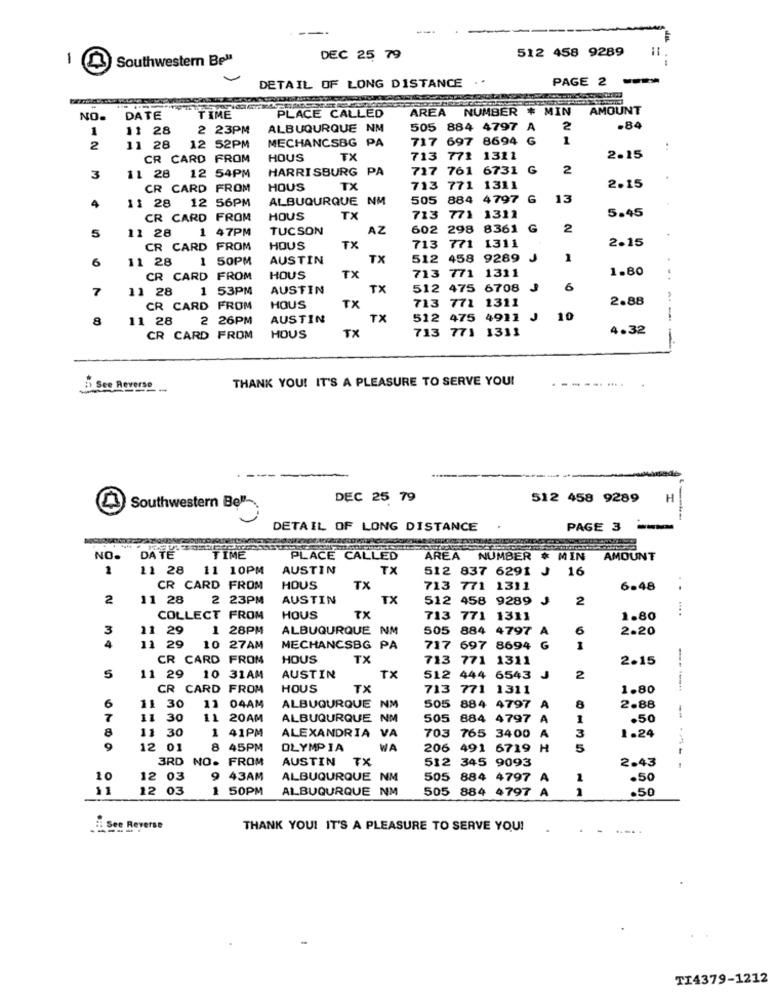
512 458 9289
-
Southwestern Bel1
DEC 25, 79
DETAIL OF LONG DISTANCE
. .
PAGE 2
PLACE CALLED
AREA
NUMBER # MIN AMOUNT
NO.
DATE
TIME
1
11 28
2 23PM
ALBUQURQUE NM
505
884 4797
A
2
.84
MECHANCSBG PA
717
697 8694
G
1
2
11 28 12 52PM
CR CARD FROM
HOUS
TX
713
771 1311
2.15
11 28 12 54PM
HARRISBURG P
717 761 6731 G
2
3
CR CARD FROM
HOUS
TX
713
771 1311
2.15
11 28 12 56PM
ALBUQURQUE NM
505
884 4797
G
13
4
5.45
CR CARD FROM
HOUS
TX
713
771 1311
5
11 28
1 47PM
TUCSON
AZ
602 298 8361
G
2
771 1311
2.15
CR CARD FROM
HOUS
TX
713
6
11 28
1 50PM
AUSTIN
TX
512
458 9289
J
1
713
771
1311
1.80
CR CARD FROM
HOUS
TX
7
11 28
53PM
AUSTIN
TX
512
475 6708
6
713 771 1311
2.88
CR CARD FROM
HOUS
TX
8
11 28
: 26PM
AUSTIN
TX
512 475 4911 J
10
-
713 771 1311
4.32
CR CARD FROM
HOUS
TX
THANK YOU! IT'S A PLEASURE TO SERVE YOU!
i See Reverse
----. ....
DEC 25 79
512 458 9289
H
Southwestern Bell-
DETAIL OF LONG DISTANCE
PAGE 3
DA TE
TIME
NO.
PLACE CALLED
AREA NUMBER * MIN
AMOUNT
1
11 28
11 10PM
AUSTIN
TX
512
837 6291
16
CR CARD FROM
HOUS
TX
713
771 1311
6.48
2
11 28
2 23PM
AUSTIN
TX
512 458 9289 J
2
....
COLLECT FROM
HOUS
TX
713
771 1311
1.80
3
11 29
1 28PM
ALBUQURQUE NM
505 884 4797
A
6
2.20
4
11 29
10 27AM
MECHANCSBG PA
717
697 8694
G
1
CR CARD FROM
HOUS
TX
713
771 1311
2.15
5
11 29 10 31AM
AUSTIN
TX
512
444 6543
J
2
CR CARD FROM
HOUS
TX
713
771 1311
1.80
6
11 30
11 04AM
ALBUQURQUE
QUE NM
NM
505
884 4797 A
8
2.88
11
30
11 20AM
ALBUQURQUE NM
505
884 4797
A
1
.50
--
8
11 30
ALEXANDRIA
VA
703
765 3400
1.24
1 41PM
A
3
12 01
8 45PM
OLYMPIA
WA
206 491 6719
3RD NO. FROM
AUSTIN TX
512
345 9093
2.43
12 03
9 43AM
ALBUQURQUE
NM
505
884 4797 A
.50
11
12
1
50PM
ALBUQURQUE NM
505 884 4797 A
.50
See Reverse
---
THANK YOU! IT'S A PLEASURE TO SERVE YOU!
TI4379-1212